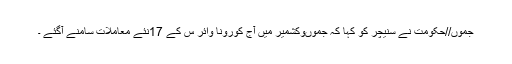
جموں//حکومت نے سنیچر کو کہا کہ جموںوکشمیر میں آج کورونا وائر س کے 17نئے معاملات سامنے آگئے ۔